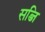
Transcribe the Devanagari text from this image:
सब्जि